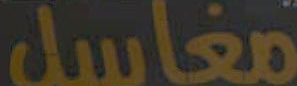
مغاسل